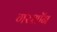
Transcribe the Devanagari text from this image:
गरशॉन